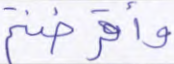
وأقرضتم